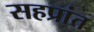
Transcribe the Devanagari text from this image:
सहप्रांत